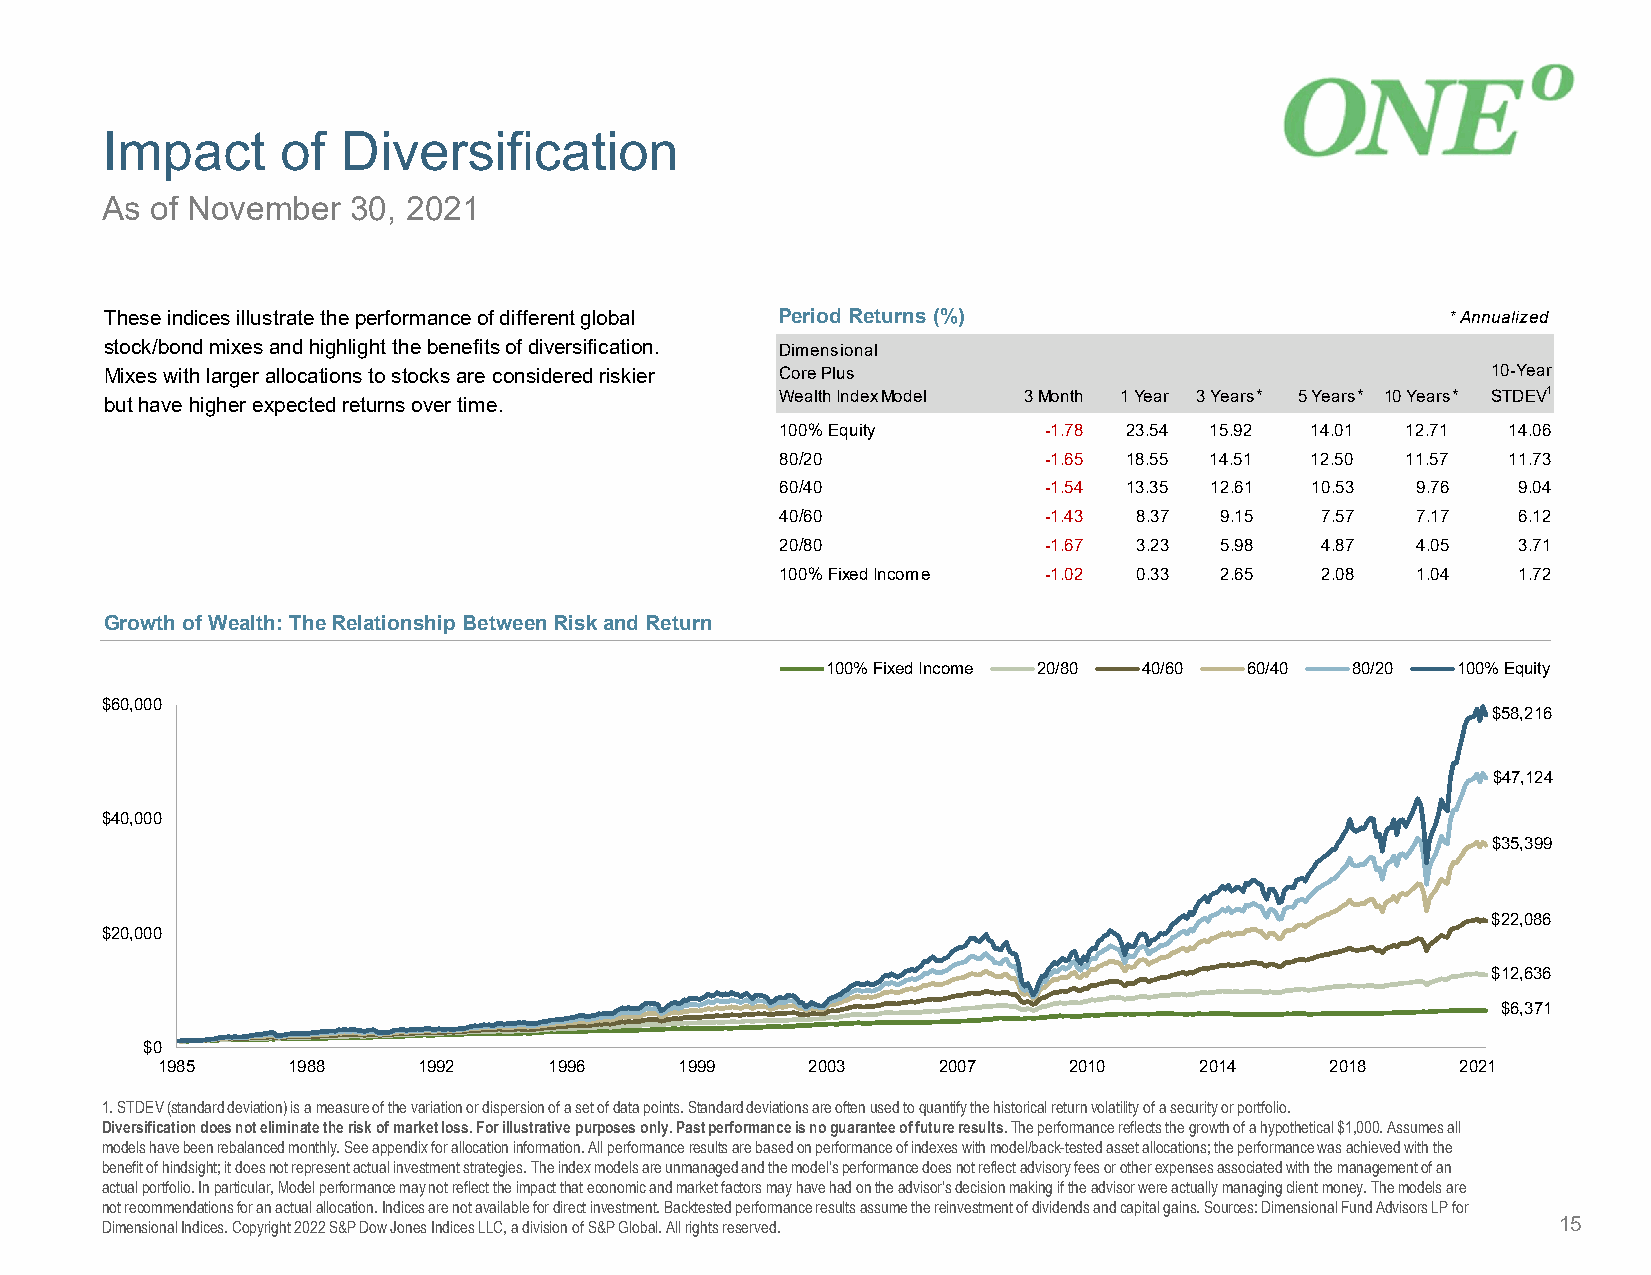
Impact      of  Diversification
 As of November  30, 2021
 These indices illustrate the performance of different global Period Returns (%)          * Annualized
 stock/bond mixes and highlight the benefits of diversification. Dimensional
 Mixes with larger allocations to stocks are considered riskier Core Plus                    10-Year
 Wealth Index Model 3 Month 1 Year 3 Years** 5 Years** 10 Years** STDEV1
 but have higher expected returns over time.
 100% Equity      -1.78 23.54 15.92 14.01 12.71  14.06
 80/20            -1.65 18.55 14.51 12.50 11.57  11.73
 60/40            -1.54 13.35 12.61 10.53  9.76  9.04
 40/60            -1.43 8.37  9.15  7.57   7.17  6.12
 20/80            -1.67 3.23  5.98  4.87   4.05  3.71
 100% Fixed Income -1.02 0.33 2.65  2.08   1.04  1.72
 Growth of Wealth: The Relationship Between Risk and Return
 100% Fixed Income 20/80 40/60 60/40 80/20 100% Equity
 $60,000
 $58,216
 $47,124
 $40,000
 $35,399
 $22,086
 $20,000
 $12,636
 $6,371
 $0
 1985     1988     1992    1996     1999    2003     2007     2010    2014     2018     2021
 1. STDEV (standard deviation) is a measure of the variation or dispersion of a set of data points. Standard deviations are oftenused to quantify the historical return volatility of a security or portfolio.
 Diversification does not eliminate the risk of market loss. For illustrative purposes only. Past performance is no guarantee of future results.The performance reflects the growth of a hypothetical $1,000. Assumes all
 models have been rebalanced monthly. See appendix for allocation information. All performance results are based on performance of indexes with model/back-tested asset allocations; the performance was achieved with the
 benefit of hindsight; it does not represent actual investment strategies. The index models are unmanagedand the model’s performance does not reflect advisory fees or other expenses associated with the management of an
 actual portfolio. In particular, Modelperformance may not reflect the impact that economic and market factors may have had on the advisor's decision making if the advisor were actually managingclient money. The models are
 not recommendations for an actual allocation. Indices are not available for direct investment. Backtestedperformance results assume the reinvestment of dividends and capital gains. Sources: Dimensional Fund Advisors LP for
 Dimensional Indices. Copyright 2022 S&P Dow Jones Indices LLC, a division of S&P Global. All rights reserved. 15